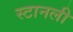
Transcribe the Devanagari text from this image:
स्टानली